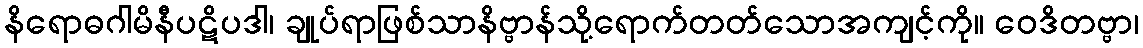
နိရောဓဂါမိနီပဋိပဒါ၊ ချုပ်ရာဖြစ်သာနိဗ္ဗာန်သို့ရောက်တတ်သောအကျင့်ကို။ ဝေဒိတဗ္ဗာ၊